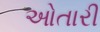
ઓતારી